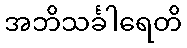
အဘိသင်္ခါရေတိ